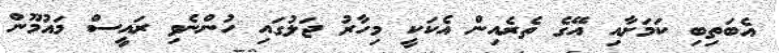
އެބަތިބި ކަމަށާއި އޭގެ ތެރެއިން އެކަކީ މިހާރު ޖަލުގައި ހުންނެވި ރައީސް މައުމޫން